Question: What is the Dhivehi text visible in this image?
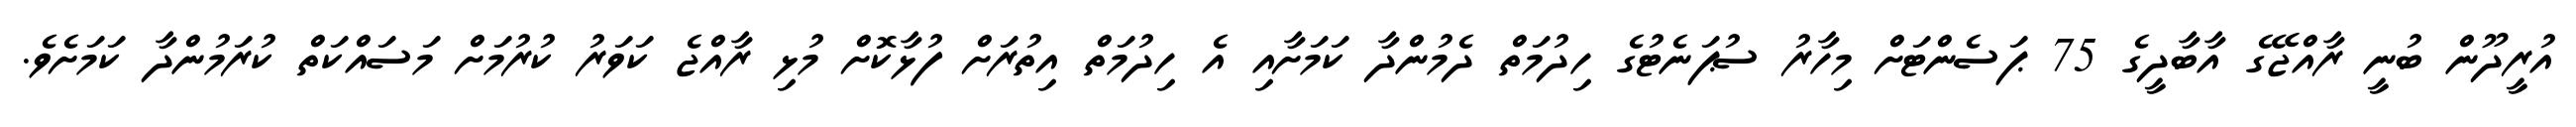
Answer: އުރީދޫން ބުނީ ރާއްޖޭގެ އާބާދީގެ 75 ޕަސެންޓަށް މިހާރު ސުޕަނެޓުގެ ހިދުމަތް ދެމުންދާ ކަމަށާއި އެ ހިދުމަތް އިތުރަށް ފުޅާކޮށް މުޅި ރާއްޖެ ކަވަރު ކުރުމަށް މަސައްކަތް ކުރަމުންދާ ކަމަށެވެ.